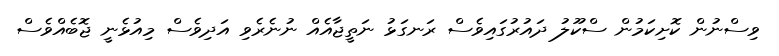
ވިސްނުން ކޮށިކަމުން ސްކޫލު ދައުރުގައިވެސް ރަނގަޅު ނަތީޖާއެއް ނުނެރެވި އަދިވެސް މިއުޅެނީ ޖޮބެއްވެސް